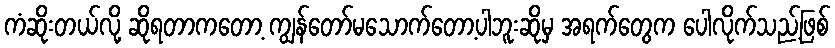
ကံဆိုးတယ်လို့ ဆိုရတာကတော့ ကျွန်တော်မသောက်တော့ပါဘူးဆိုမှ အရက်တွေက ပေါလိုက်သည့်ဖြစ်